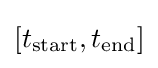
[t_{\text{start}},t_{\text{end}}]